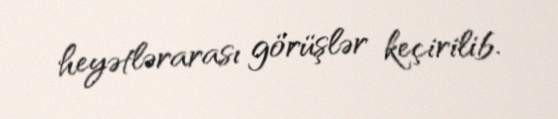
heyətlərarası görüşlər keçirilib.